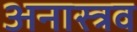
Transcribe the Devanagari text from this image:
अनास्त्रव